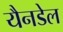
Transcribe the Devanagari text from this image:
यैनडेल